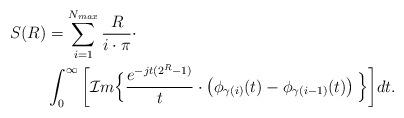
LaTeX: \begin{align*}S(R) &= \sum_{i=1}^{N_{max}} \frac{R}{i\cdot\pi}\cdot \\&\int_{0}^{\infty} \bigg[ \mathcal{I}m \Big\{ \frac{e^{-jt(2^R-1)}}{t} \cdot\left( \phi_{\gamma(i)}(t) - \phi_{\gamma(i-1)}(t) \right)\Big\} \bigg] dt.\end{align*}